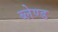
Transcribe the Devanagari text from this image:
ब्लेण्ड